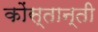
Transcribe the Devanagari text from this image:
कोंस्तान्ती